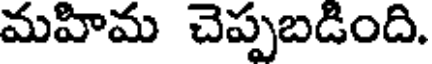
మహిమ చెప్పబడింది.